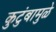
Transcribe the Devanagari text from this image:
कुटुंबामुळे